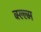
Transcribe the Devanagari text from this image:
व्स्ल्ल्म